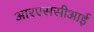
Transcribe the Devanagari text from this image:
आरएससीआई